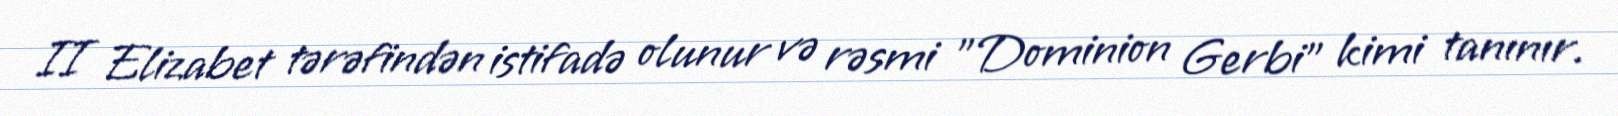
II Elizabet tərəfindən istifadə olunur və rəsmi "Dominion Gerbi" kimi tanınır.